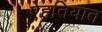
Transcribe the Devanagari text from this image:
ऐहतियात